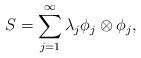
LaTeX: \begin{align*} S = \sum_{j = 1}^{\infty}\lambda_j\phi_j\otimes\phi_j,\end{align*}